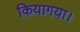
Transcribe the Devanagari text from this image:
कियागया।